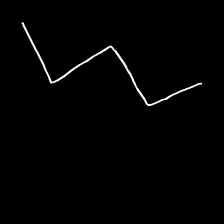
Glyph: crush